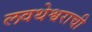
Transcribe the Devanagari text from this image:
लवथेश्वराची